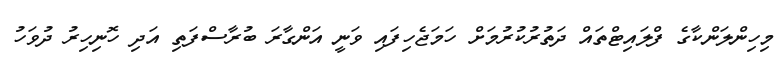
މިހިންލަންކާގެ ފްލައިޓްތައް ދަތުރުކުުރުމަށް ހަމަޖެހިފައި ވަނީ އަންގާރަ ބުރާސްފަތި އަދި ހޮނިހިރު ދުވަހު